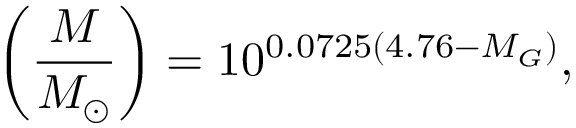
\left( \frac { M } { M _ { \odot } } \right) = 1 0 ^ { 0 . 0 7 2 5 ( 4 . 7 6 - M _ { G } ) } ,